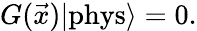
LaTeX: G(\vec{x})|\mathrm{{phys}}\rangle=0.